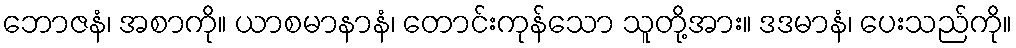
ဘောဇနံ၊ အစာကို။ ယာစမာနာနံ၊ တောင်းကုန်သော သူတို့အား။ ဒဒမာနံ၊ ပေးသည်ကို။